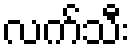
လက်သီး